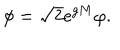
LaTeX: \phi = \sqrt { 2 } \mathrm { e } ^ { g M } \varphi .